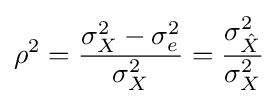
\rho ^{2}={\frac {\sigma _{X}^{2}-\sigma _{e}^{2}}{\sigma _{X}^{2}}}={\frac {\sigma _{\hat {X}}^{2}}{\sigma _{X}^{2}}}